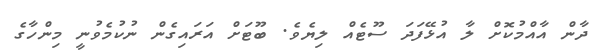
ދާން އާއްމުކޮށް ލާ އުޅޭފަދަ ސޫޓެއް ލިޔެވެ. ބޫޓަށް އަރައިގެން ނުކުމެވުނީ މިންހާގެ